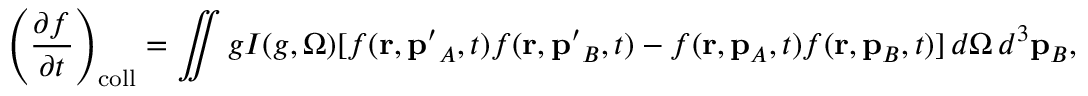
\left( { \frac { \partial f } { \partial t } } \right) _ { \mathrm { c o l l } } = \iint g I ( g , \Omega ) [ f ( \mathbf { r } , \mathbf { p ^ { \prime } } _ { A } , t ) f ( \mathbf { r } , \mathbf { p ^ { \prime } } _ { B } , t ) - f ( \mathbf { r } , \mathbf { p } _ { A } , t ) f ( \mathbf { r } , \mathbf { p } _ { B } , t ) ] \, d \Omega \, d ^ { 3 } \mathbf { p } _ { B } ,